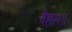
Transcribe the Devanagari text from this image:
बेहाल॥